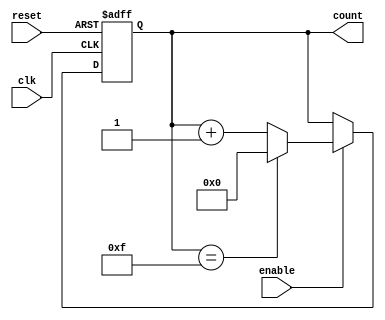
module MemoryBlocksUpCounter (
    input wire clk,        // Clock signal
    input wire reset,      // Asynchronous reset signal
    input wire enable,     // Enable signal for counting
    output reg [3:0] count // 4-bit output count
);

// Always block triggered on the rising edge of the clock or the reset signal
always @(posedge clk or posedge reset) begin
    if (reset) begin
        // Reset the count to zero
        count <= 4'b0000;
    end else if (enable) begin
        // Increment the count on enable
        count <= count + 1;

        // Check for overflow and wrap around
        if (count == 4'b1111) begin
            count <= 4'b0000; // Wrap around to zero
        end
    end
end

endmodule